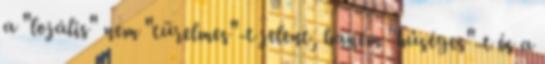
a "lojális" nem "türelmes"-t jelent, hanem "hűséges"-t és a